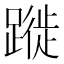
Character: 蹝